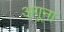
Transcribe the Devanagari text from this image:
अगूना